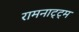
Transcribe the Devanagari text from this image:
रामनाट्ट्म